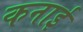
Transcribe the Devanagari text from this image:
कनाई